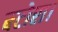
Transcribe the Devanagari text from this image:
बटोरा।